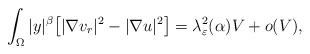
LaTeX: \begin{align*}\int_\Omega|y|^\beta\big[|\nabla v_r|^2-|\nabla u|^2\big]=\lambda_\varepsilon^2(\alpha)V+o(V),\end{align*}